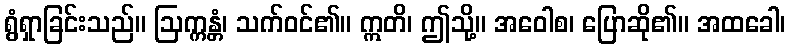
ရွံရှာခြင်းသည်။ ဩက္ကန္တံ၊ သက်ဝင်၏။ ဣတိ၊ ဤသို့။ အဝေါစ၊ ပြောဆို၏။ အထခေါ၊